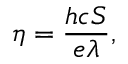
\eta = \frac { h c S } { e \lambda } ,